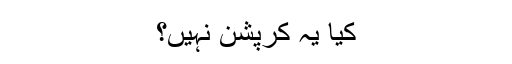
کیا یہ کرپشن نہیں؟